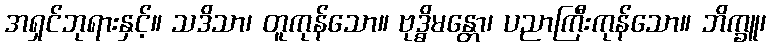
အရှင်ဘုရားနှင့်။ သဒိသာ၊ တူကုန်သော။ ဗုဒ္ဓိမန္တော၊ ပညာကြီးကုန်သော။ ဘိက္ခူ၊